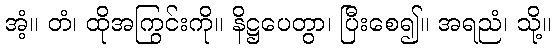
အံ့။ တံ၊ ထိုအကြွင်းကို။ နိဋ္ဌပေတွာ၊ ပြီးစေ၍။ အရညံ၊ သို့။